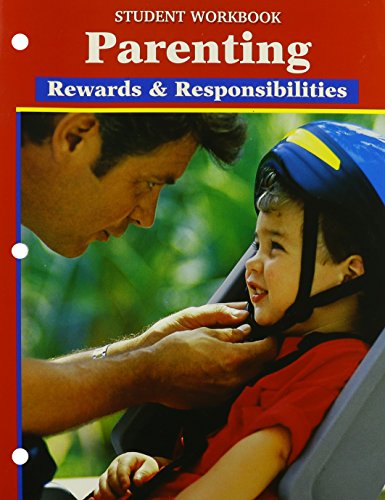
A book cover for Parenting: Rewards and Responsibilities; Teen & Young Adult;